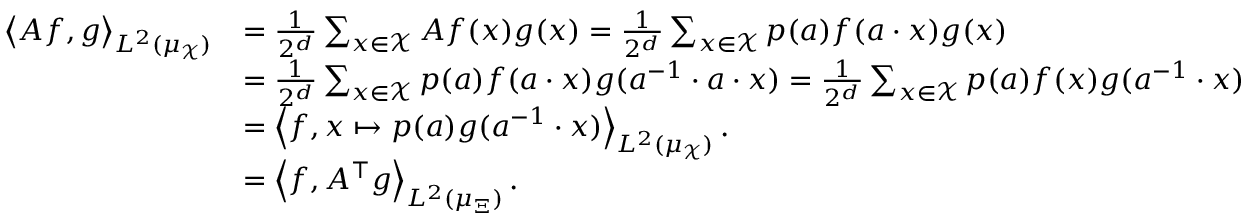
\begin{array} { r l } { \left\langle A f , g \right\rangle _ { L ^ { 2 } ( \mu _ { \mathcal { X } } ) } } & { = \frac { 1 } { 2 ^ { d } } \sum _ { x \in \mathcal { X } } A f ( x ) g ( x ) = \frac { 1 } { 2 ^ { d } } \sum _ { x \in \mathcal { X } } p ( a ) f ( a \cdot x ) g ( x ) } \\ & { = \frac { 1 } { 2 ^ { d } } \sum _ { x \in \mathcal { X } } p ( a ) f ( a \cdot x ) g ( a ^ { - 1 } \cdot a \cdot x ) = \frac { 1 } { 2 ^ { d } } \sum _ { x \in \mathcal { X } } p ( a ) f ( x ) g ( a ^ { - 1 } \cdot x ) } \\ & { = \left\langle f , x \mapsto p ( a ) g ( a ^ { - 1 } \cdot x ) \right\rangle _ { L ^ { 2 } ( \mu _ { \mathcal { X } } ) } . } \\ & { = \left\langle f , A ^ { \top } g \right\rangle _ { L ^ { 2 } ( \mu _ { \Xi } ) } . } \end{array}